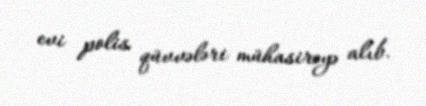
evi polis qüvvələri mühasirəyə alıb.